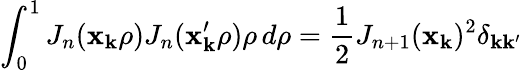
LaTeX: \int_{0}^{1}J_{n}(\mathbf{x}_{\mathbf{k}}\rho)J_{n}(\mathbf{x}_{\mathbf{k}}^{\prime}\rho)\rho\, d\rho={\frac{{1}}{{2}}}J_{n+1}(\mathbf{x}_{\mathbf{k}})^{2}\delta_{\mathbf{k}\mathbf{k}^{\prime}}